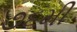
૭૬મી